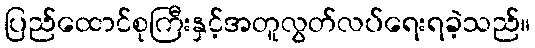
ပြည်ထောင်စုကြီးနှင့်အတူလွတ်လပ်ရေးရခဲ့သည်။